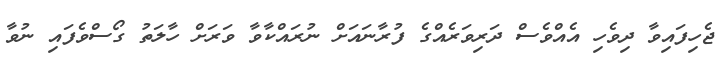
ޖެހިފައިވާ ދިވެހި އެއްވެސް ދަރިވަރެއްގެ ފުރާނައަށް ނުރައްކާވާ ވަރަށް ހާލަތު ގޯސްވެފައި ނުވާ